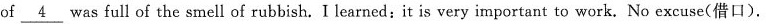
of \underline{4} which was full of the smell of rubbish. I learned: it is very important to work. No excuse(借口).